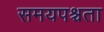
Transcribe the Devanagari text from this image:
समयपश्चता